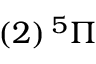
( 2 ) \, { } ^ { 5 } \ensuremath { \Pi }